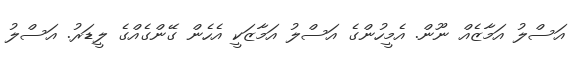
އަސްލު އަމާޒެއް ނޫން. އެމީހުންގެ އަސްލު އަމާޒަކީ އެހެން ގޭންގެއްގެ ލީޑަރު. އަސްލު